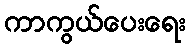
ကာကွယ်ပေးရေး